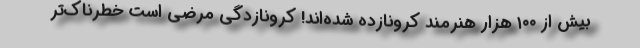
بیش از ۱۰۰ هزار هنرمند کرونازده شده‌اند! کرونازدگی مرضی است خطرناک‌تر